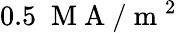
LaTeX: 0.5\; \mathrm{~M~A~}/\mathrm{~m~}^{2}